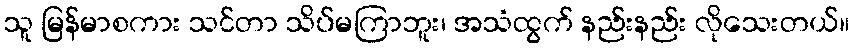
သူ မြန်မာစကား သင်တာ သိပ်မကြာဘူး၊ အသံထွက် နည်းနည်း လိုသေးတယ်။